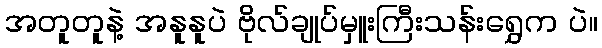
အတူတူနဲ့ အနူနူပဲ ဗိုလ်ချုပ်မှူးကြီးသန်းရွှေက ပဲ။